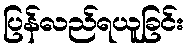
ပြန်လည်ရယူခြင်း